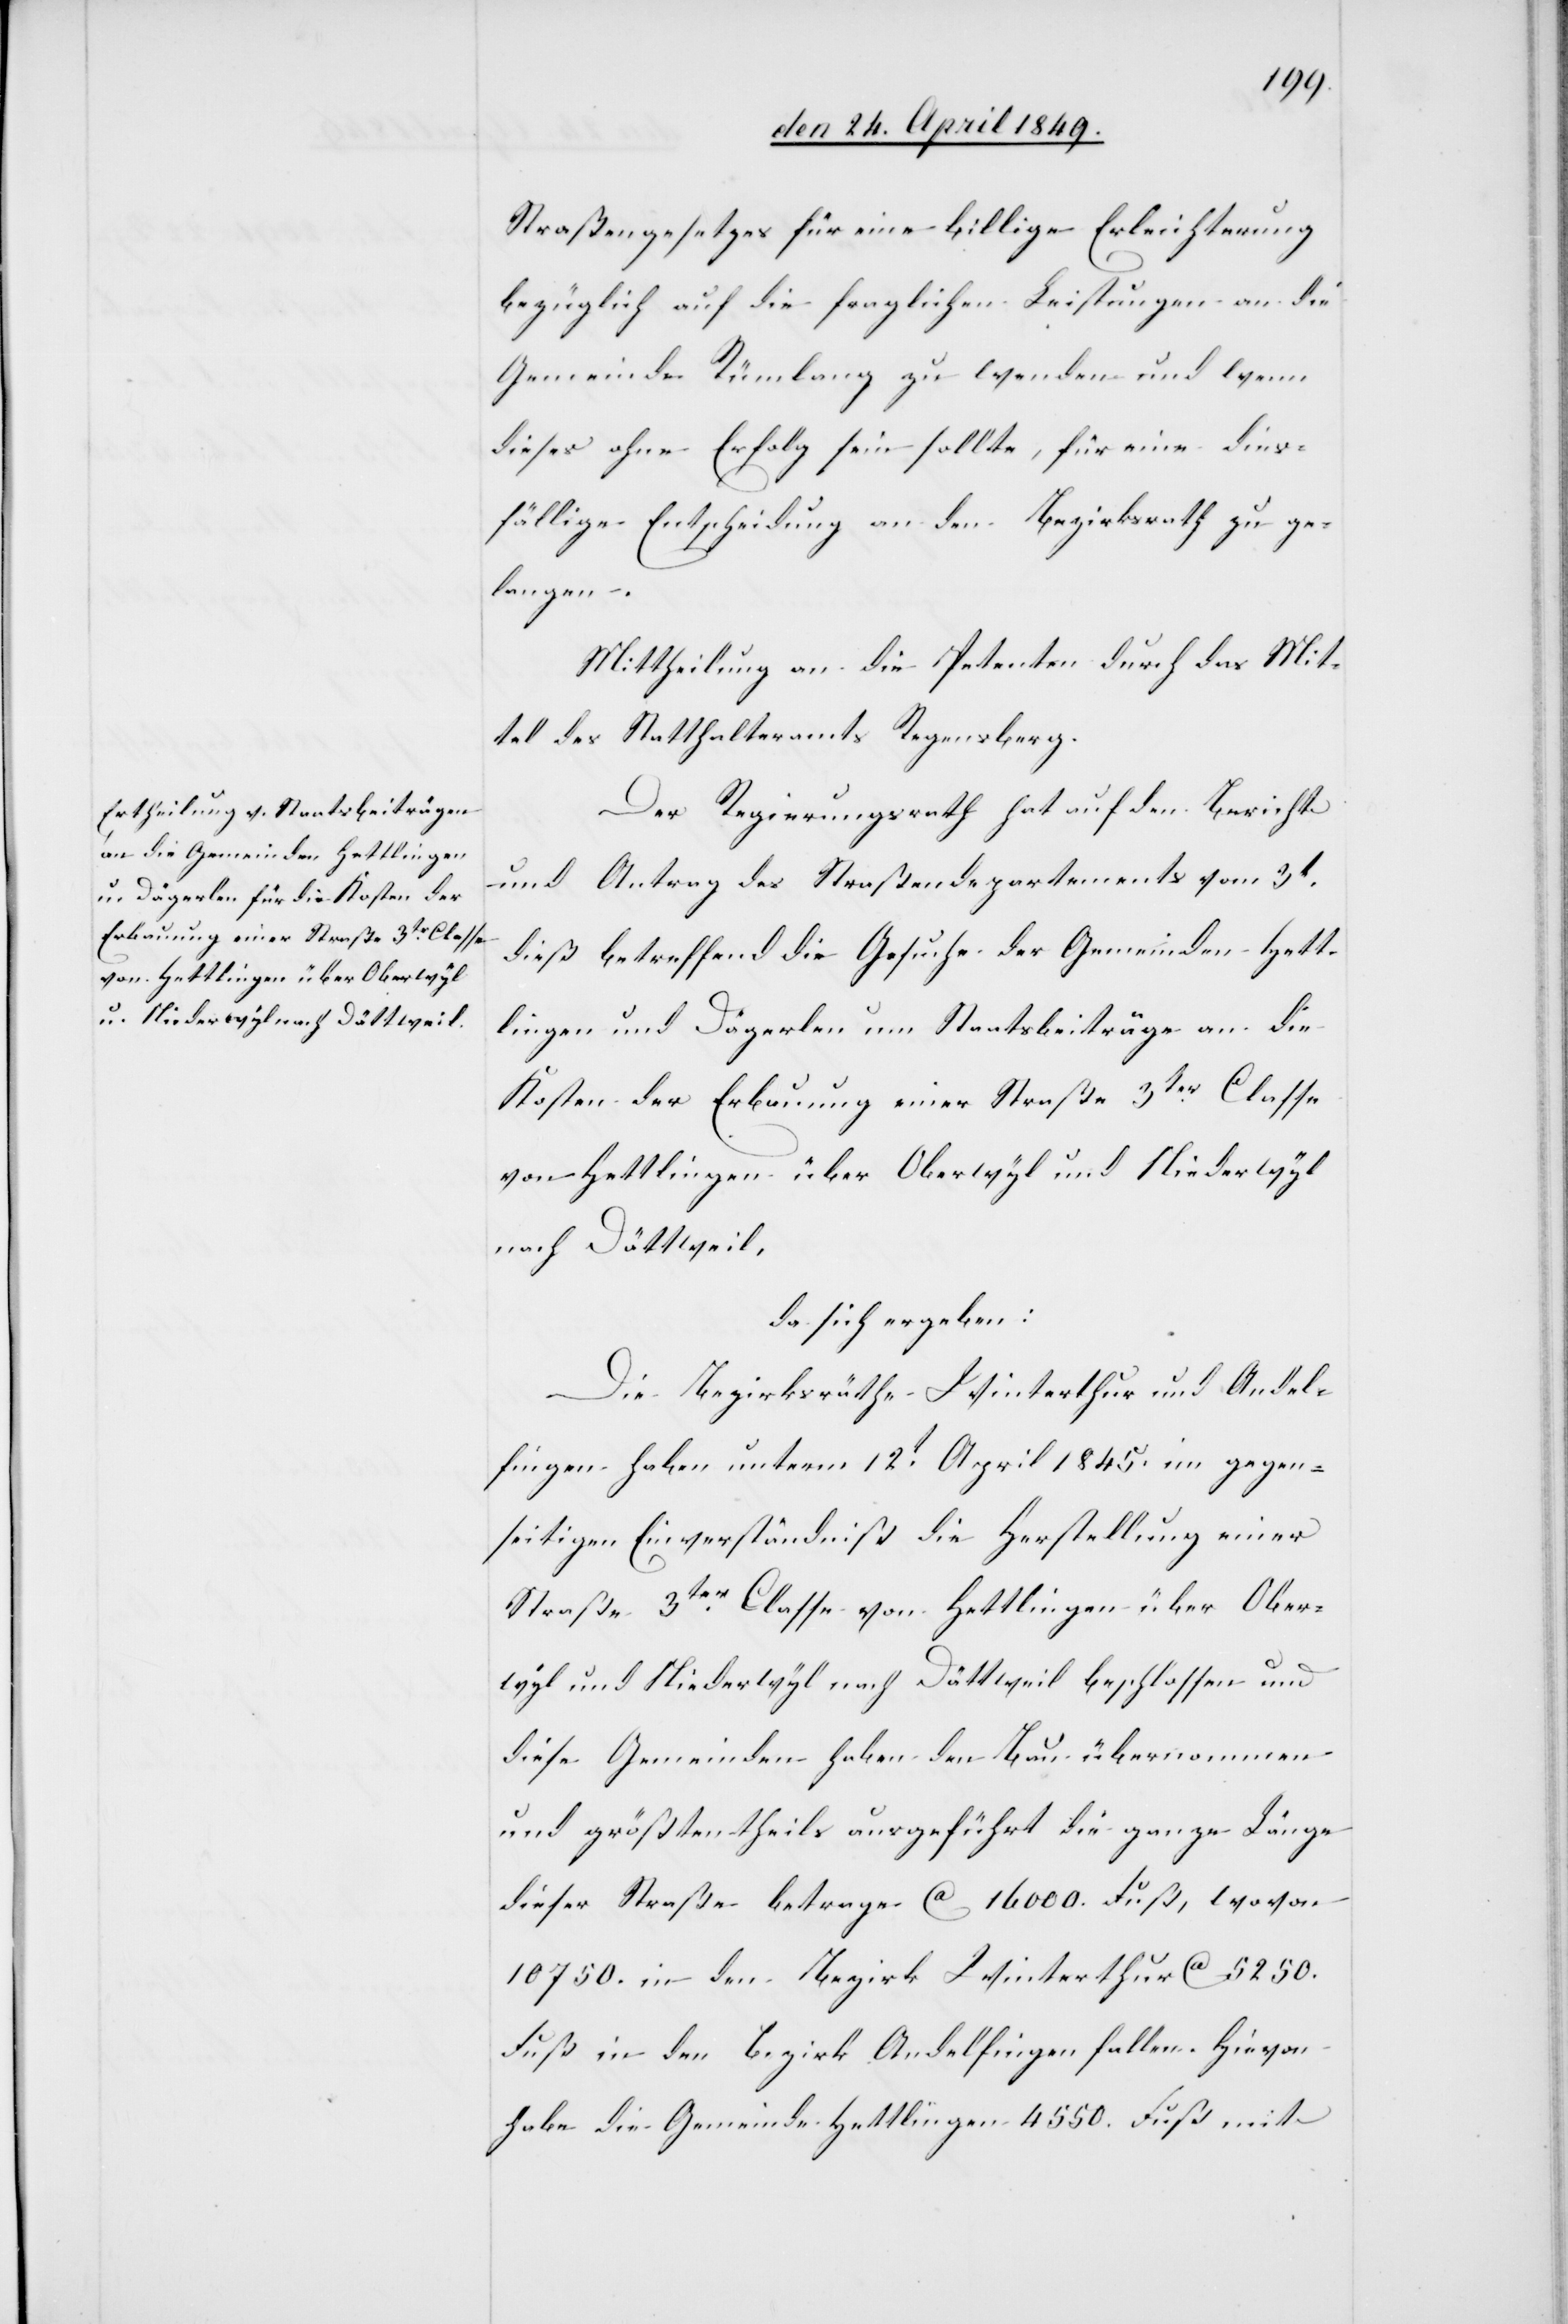
Straßengesetzes für eine billige Erleichterung
bezüglich auf die fraglichen Leistungen an die
Gemeinde Rümlang zu wenden und wenn
dieses ohne Erfolg sein sollte, für eine dies¬
fällige Entscheidung an den Bezirksrath zu ge¬
langen.
Mittheilung an die Petenten durch das Mit¬
tel des Statthalteramts Regensberg.
Der Regierungsrath hat auf den Bericht
und Antrag des Straßendepartements vom 3t
dieß betreffend die Gesuche der Gemeinden Hett¬
lingen und Dägerlen um Staatsbeiträge an die
Kosten der Erbauung einer Straße 3ter Classe
von Hettlingen über Oberwyl und Niederwyl
nach Dättweil,
da sich ergeben:
Die Bezirksräthe Winterthur und Andel¬
fingen haben unterm 12t April 1845. im gegen¬
seitigen Einverständniß die Herstellung einer
Straße 3ter Classe von Hettlingen über Ober¬
wyl und Niederwyl nach Dättweil beschlossen und
diese Gemeinden haben den Bau übernommen
und größtentheils ausgeführt[.] Die ganze Länge
dieser Straße betrage ca 1600. Fuß, wovon
10 750. in den Bezirk Winterthur ca 5250.
Fuß in den Bezirk Andelfingen fallen. Hievon
habe die Gemeinde Hettlingen 4550. Fuß mit